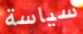
سياسة